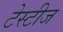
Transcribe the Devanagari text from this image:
टेस्टीज